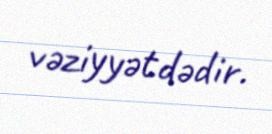
vəziyyətdədir.